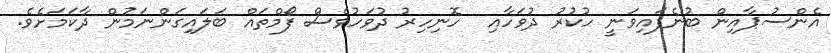
އެންސުޕާއިން ބުނެފައިވަނީ ހުކުރު ދުވަހާއި  ހޮނިހިރު ދުވަހުވެސް ފޯމްތައް ބަލައިގަންނަމުން ދާކަމަށެވެ.